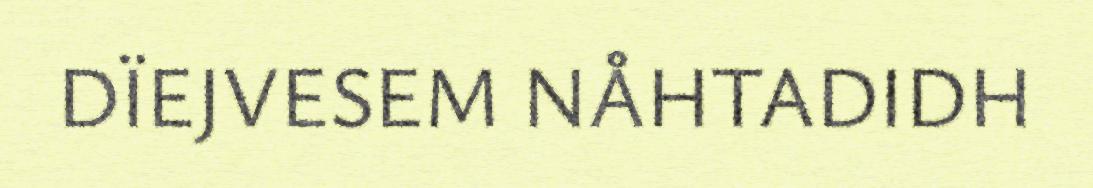
DÏEJVESEM NÅHTADIDH